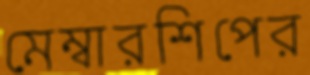
মেম্বারশিপের